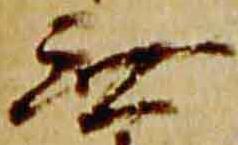
無